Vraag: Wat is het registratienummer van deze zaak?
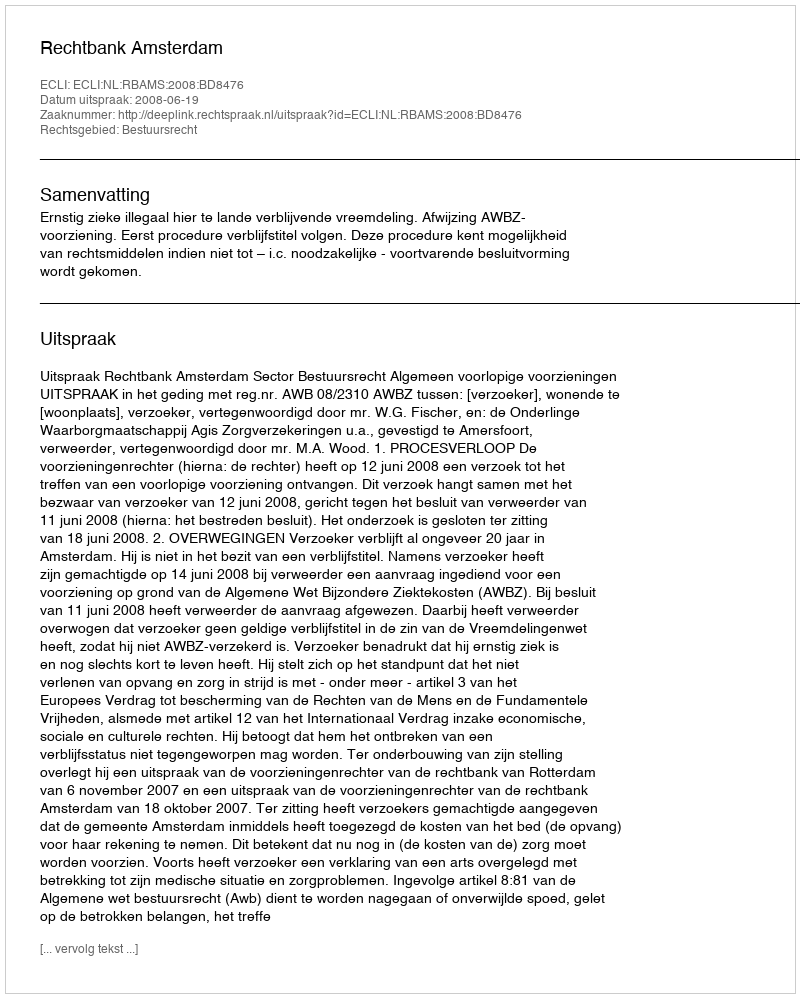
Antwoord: http://deeplink.rechtspraak.nl/uitspraak?id=ECLI:NL:RBAMS:2008:BD8476